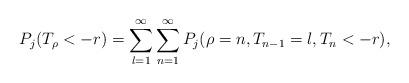
LaTeX: \begin{align*}P_j(T_\rho<-r)=\sum_{l=1}^\infty\sum_{n=1}^\infty P_j(\rho=n, T_{n-1}=l, T_n<-r), \end{align*}